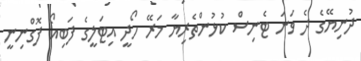
ދުނިޔޭގެ ދެ ވަނަ ޓެނިސް ކުޅުންތެރިޔާ މަރޭ ހޯދީ އިޓަލީގެ ފަބިއޯ ފޮގްނިނީ